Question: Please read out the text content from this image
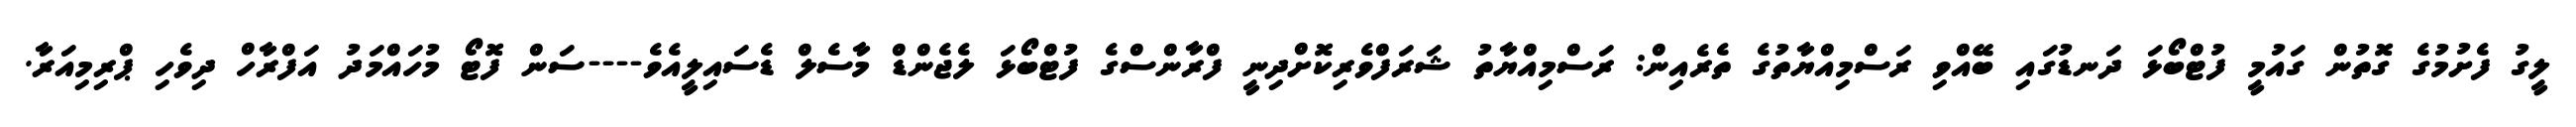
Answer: ލީގު ފެށުމުގެ ގޮތުން ގައުމީ ފުޓްބޯޅަ ދަނޑުގައި ބޭއްވި ރަސްމިއްޔާތުގެ ތެރެއިން: ރަސްމިއްޔާތު ޝަރަފްވެރިކޮށްދިނީ ފްރާންސްގެ ފުޓްބޯޅަ ލެޖެންޑް މާސެލް ޑެސައިލީއެވެ----ސަން ފޮޓޯ މުހައްމަދު އަފްރާހް ދިވެހި ޕްރިމިއަރާ.